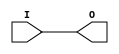
module BUFG_2(I,O);
input I;
output O;
assign #1 O=I;
endmodule